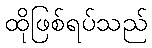
ထိုဖြစ်ရပ်သည်